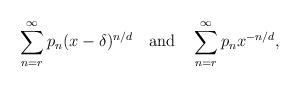
LaTeX: \begin{align*}\sum_{n=r}^\infty p_n (x-\delta)^{n/d}\quad\textup{and}\quad\sum_{n=r}^\infty p_n x^{-n/d},\end{align*}